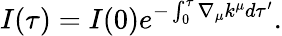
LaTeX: I(\tau)=I(0)e^{-\int_{0}^{\tau}\nabla_{\mu}k^{\mu}d\tau^{\prime}}.